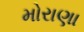
મોરાણા